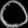
Digit: ၀